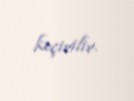
keçirilir.